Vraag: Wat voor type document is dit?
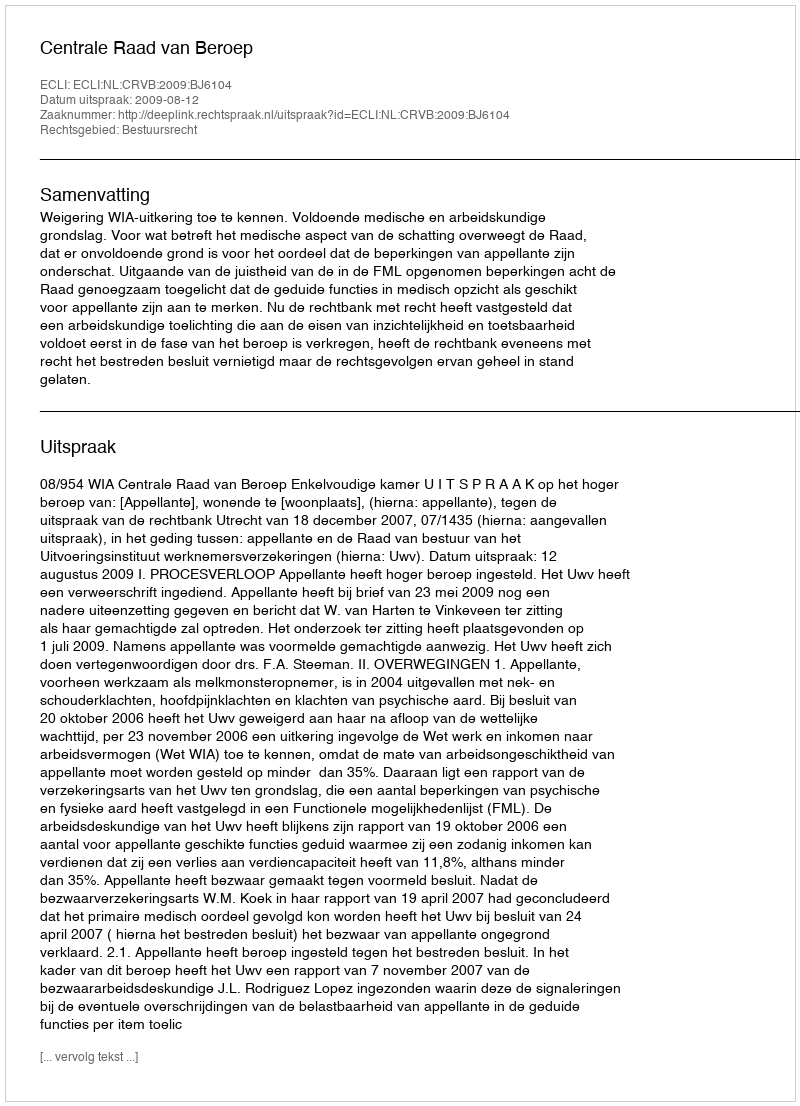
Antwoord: Uitspraak